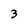
Character: 3